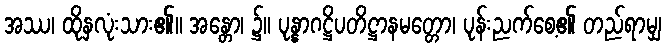
အဿ၊ ထိုနှလုံးသား၏။ အန္တော၊ ၌။ ပုန္နာဂဋ္ဌိပတိဋ္ဌာနမတ္တော၊ ပုန်းညက်စေ့၏ တည်ရာမျှ